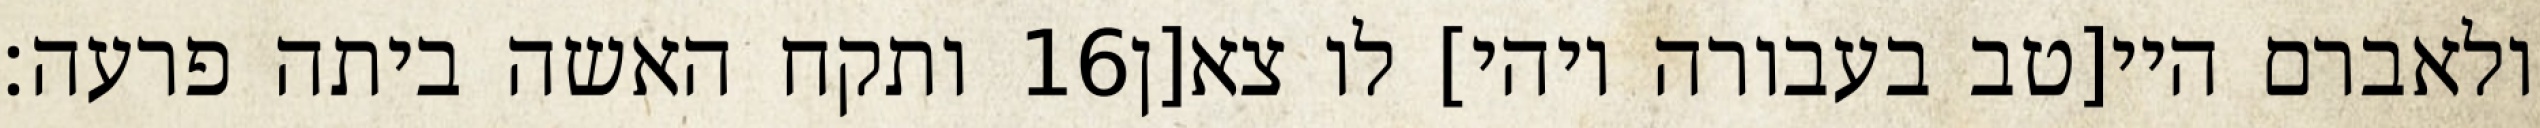
ותקח האשה ביתה פרעה׃ ‎16‏ ולאברם היי[טב בעבורה ויהי] לו צא[ן